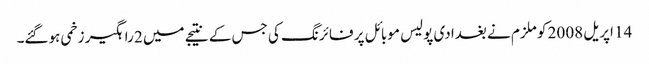
14 اپریل 2008 کو ملزم نے بغدادی پولیس موبائل پر فائرنگ کی جس کے نتیجے میں 2 راہگیر زخمی ہوگئے۔